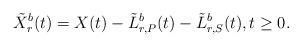
LaTeX: \begin{align*}\tilde{X}_r^b(t) = X(t) - \tilde{L}_{r, P}^b(t) - \tilde{L}_{r,S}^b(t), t \geq 0.\end{align*}